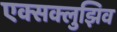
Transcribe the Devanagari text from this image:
एक्सक्लुझिव